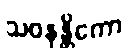
သဝနန္တိကော